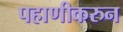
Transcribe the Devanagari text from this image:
पहाणीकरुन